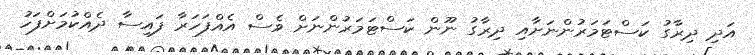
އަދި ދިރާގު ކަސްޓަމަރުންނަށާއި ދިރާގު ނޫން ކަސްޓަމަރުންނަށް ވެސް އެއްފަހަރާ ފައިސާ ދެއްކުމަށްފަހު